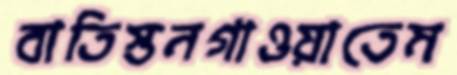
বাতিস্তনগাওয়াতেম